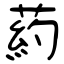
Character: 葯